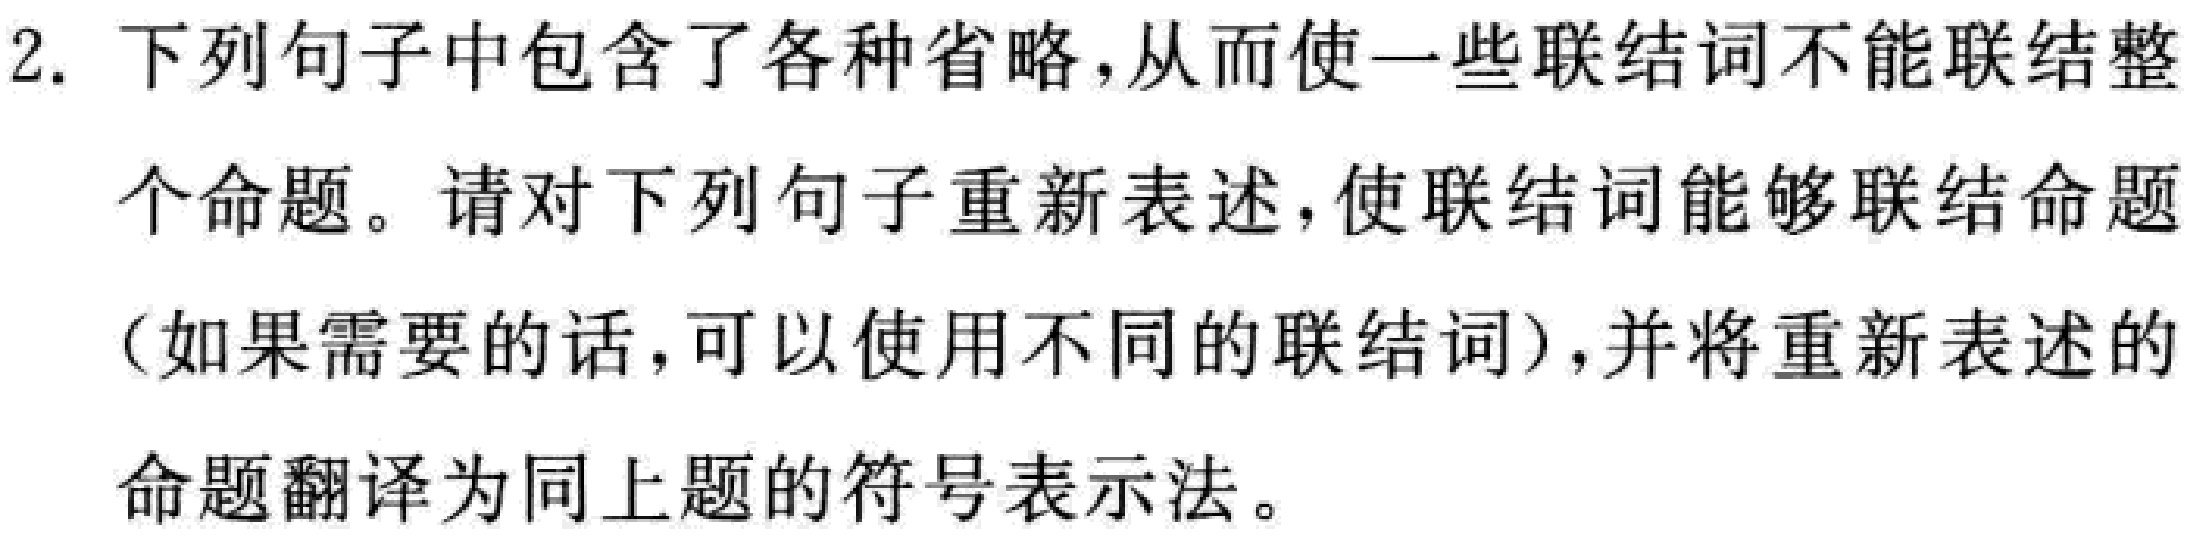
2. 下列句子中包含了各种省略，从而使一些联结词不能联结整个命题。请对下列句子重新表述，使联结词能够联结命题（如果需要的话，可以使用不同的联结词），并将重新表述的命题翻译为同上题的符号表示法。